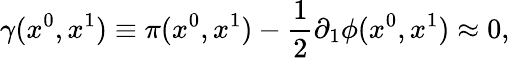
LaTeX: \gamma(x^{0},x^{1})\equiv\pi(x^{0},x^{1})-\frac{1}{2}\partial_{1}\phi(x^{0},x^{1})\approx 0,